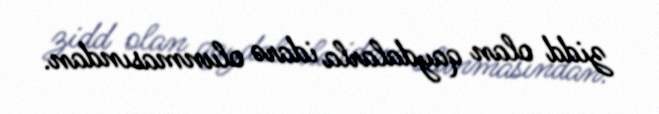
zidd olan qaydalarla idarə olunmasından.